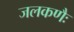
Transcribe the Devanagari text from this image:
जलकणैः